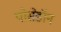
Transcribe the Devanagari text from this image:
पोसेडॉन